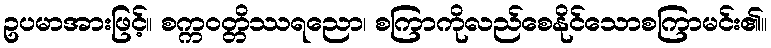
ဥပမာအားဖြင့်။ စက္ကဝတ္တိဿရညော၊ စကြာကိုလည်စေနိုင်သောစကြာမင်း၏။